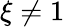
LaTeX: \xi\neq 1